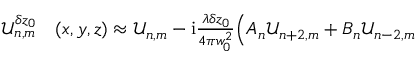
\begin{array} { r l } { \mathcal { U } _ { n , m } ^ { \delta z _ { 0 } } } & { { } ( x , y , z ) \approx \mathcal { U } _ { n , m } - \mathrm { i } \frac { \lambda \delta z _ { 0 } } { 4 \pi w _ { 0 } ^ { 2 } } \Big ( A _ { n } \mathcal { U } _ { n + 2 , m } + B _ { n } \mathcal { U } _ { n - 2 , m } } \end{array}